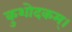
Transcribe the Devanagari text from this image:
कुशोदकम्।